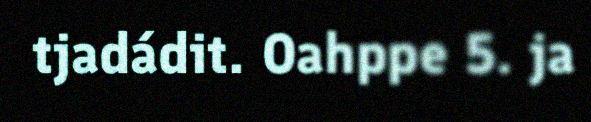
tjadádit. Oahppe 5. ja